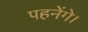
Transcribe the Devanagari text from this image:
पहनेंगे।